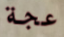
عجة